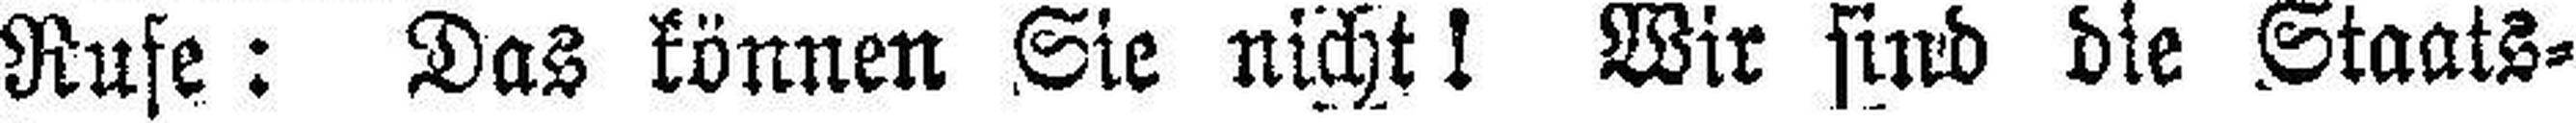
Rufe: Das können Sie nicht! Wir surd die Staats¬